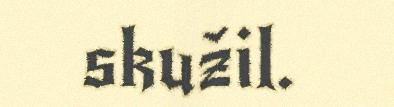
skužil.